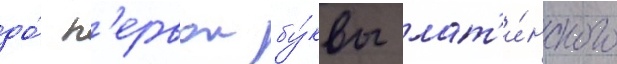
до́ п'ервои бу́квы лат'и́нского